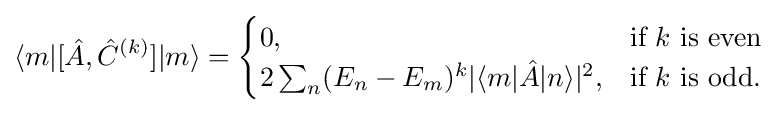
\langle m|[{\hat {A}},{\hat {C}}^{(k)}]|m\rangle ={\begin{cases}0,&{\mbox{if }}k{\mbox{ is even}}\\2\sum _{n}(E_{n}-E_{m})^{k}|\langle m|{\hat {A}}|n\rangle |^{2},&{\mbox{if }}k{\mbox{ is odd}}.\end{cases}}